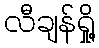
လီချန်ရှို့